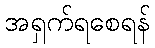
အရှက်ရစေရန်